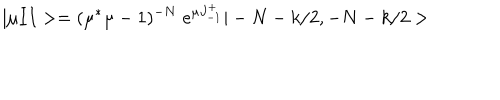
LaTeX: | \mu I I > = ( \mu ^ { * } \mu - 1 ) ^ { - N } \; e ^ { \mu J _ { - 1 } ^ { + } } | - N - k / 2 , - N - k / 2 >